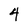
Character: 4